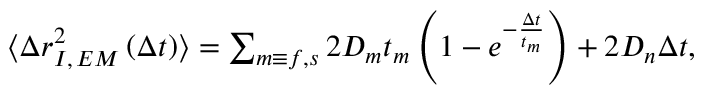
\begin{array} { r } { \langle \Delta r _ { I , \, E M } ^ { 2 } \left( \Delta t \right) \rangle = \sum _ { m \equiv f , s } 2 D _ { m } t _ { m } \left( 1 - e ^ { - \frac { \Delta t } { t _ { m } } } \right) + 2 D _ { n } \Delta t , \; \; \; \; \, } \end{array}